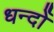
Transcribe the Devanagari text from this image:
धन्दोँ